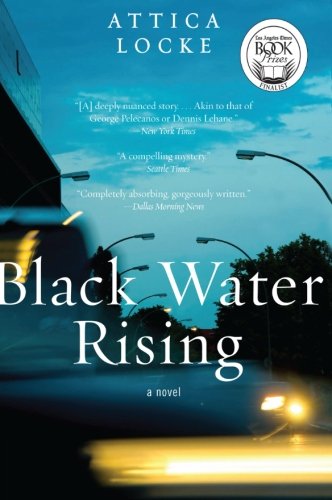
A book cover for Black Water Rising: A Novel (Jay Porter Series); Attica Locke; Mystery, Thriller & Suspense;